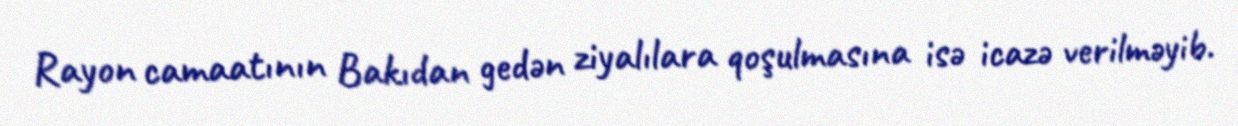
Rayon camaatının Bakıdan gedən ziyalılara qoşulmasına isə icazə verilməyib.